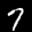
Label: 7